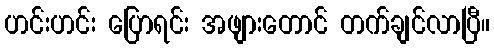
ဟင်းဟင်း ပြောရင်း အဖျားတောင် တက်ချင်လာပြီ။